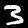
Digit: 3